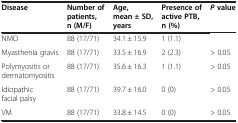
<table><thead><tr><td><b>Disease</b></td><td><b>Number of patients, n (M/F)</b></td><td><b>Age, mean ± SD, years</b></td><td><b>Presence of active PTB, n (%)</b></td><td><b><i>P </i>value</b></td></tr></thead><tbody><tr><td>NMO</td><td>88 (17/71)</td><td>34.1 ± 15.9</td><td>1 (1.1)</td><td> </td></tr><tr><td>Myasthenia gravis</td><td>88 (17/71)</td><td>33.5 ± 16.9</td><td>2 (2.3)</td><td>&gt; 0.05</td></tr><tr><td>Polymyositis or dermatomyositis</td><td>88 (17/71)</td><td>35.6 ± 16.3</td><td>1 (1.1)</td><td>&gt; 0.05</td></tr><tr><td>Idiopathic facial palsy</td><td>88 (17/71)</td><td>39.7 ± 16.0</td><td>0 (0)</td><td>&gt; 0.05</td></tr><tr><td>VM</td><td>88 (17/71)</td><td>33.8 ± 14.5</td><td>0 (0)</td><td>&gt; 0.05</td></tr></tbody></table>